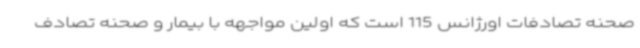
صحنه تصادفات اورژانس 115 است که اولین مواجهه با بیمار و صحنه تصادف